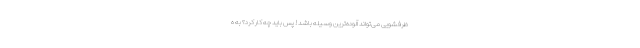
ظرفشویی می‌تواند آلوده‌ترین وسیله باشد! پس باید چه کار کرد؟ به ‌ه